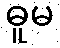
ဓူမ